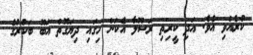
ކުރެއްވި އެވެ. އަދި ކީރިތި ރަސޫލާ އެކަން ހިގައި ދިޔަގޮތް އަބޫ ބަކުރުގެ